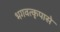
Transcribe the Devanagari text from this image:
भगवत्‍कृपासे